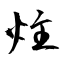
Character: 炷